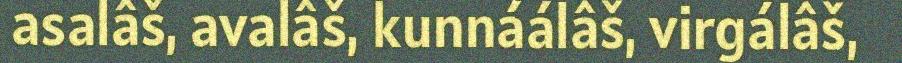
asalâš, avalâš, kunnáálâš, virgálâš,